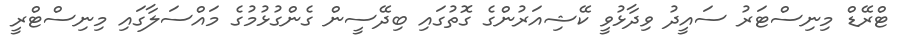
ޓްރޭޑް މިނިސްޓަރު ސައީދު ވިދާޅުވީ ކޭޝިއަރުންގެ ގޮތުގައި ބިދޭސީން ގެންގުޅުމުގެ މައްސަލާގައި މިނިސްޓްރީ